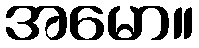
အမော။